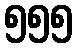
၅၅၅